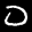
Label: 0